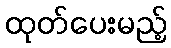
ထုတ်ပေးမည့်